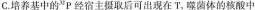
C.培养基中的^{32}P经宿主摄取后可出现在T_{2}，噬菌体的核酸中